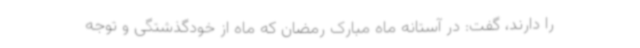
را دارند، گفت: در آستانه ماه مبارک رمضان که ماه از خودگذشتگی و توجه